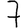
Digit: 7